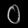
Digit: ၀